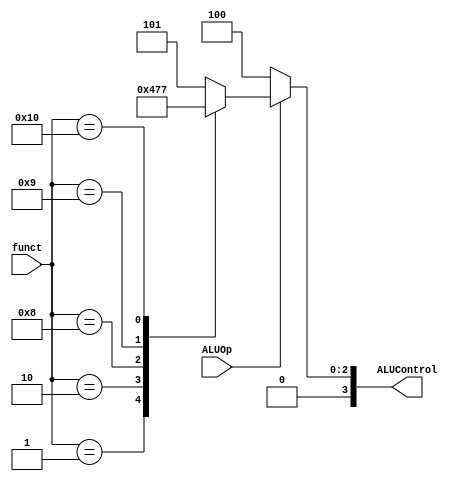
`timescale 1ns / 1ps
//////////////////////////////////////////////////////////////////////////////////
// Company: 
// Engineer: 
// 
// Design Name: 
// Module Name: alu_control
// Project Name: 
// Target Devices: 
// Tool Versions: 
// Description: 
// 
// Dependencies: 
// 
// Revision:
// Revision 0.01 - File Created
// Additional Comments:
// 
//////////////////////////////////////////////////////////////////////////////////


module alu_control(funct,ALUOp,ALUControl);
input[4:0] funct;
output wire [3:0] ALUControl;

input ALUOp;
reg[3:0] ALUControl1;
always @(*)
begin
if (ALUOp==0)
ALUControl1=4'b0100; //add
else
ALUControl1=4'b1100;//sub

if(ALUOp==1)
begin
  case(funct)
  5'b00001:
  begin 
  ALUControl1=4'b0000; //and
  end
  5'b00010:
  begin 
  ALUControl1=4'b0010;//or
  end
  5'b01000:
  begin 
  ALUControl1=4'b0001;//sll
  end
  5'b01001:   
  begin 
  ALUControl1=4'b0110;//srl
  end
  5'b10000:
  begin 
  ALUControl1=4'b0111;//mult
  end
  default:
  begin 
  ALUControl1=4'b0101;//addi
  end
 endcase
end
end
assign ALUControl = ALUControl1;
endmodule